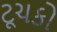
ટૂચકો